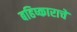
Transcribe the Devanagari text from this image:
बहिष्काराचे